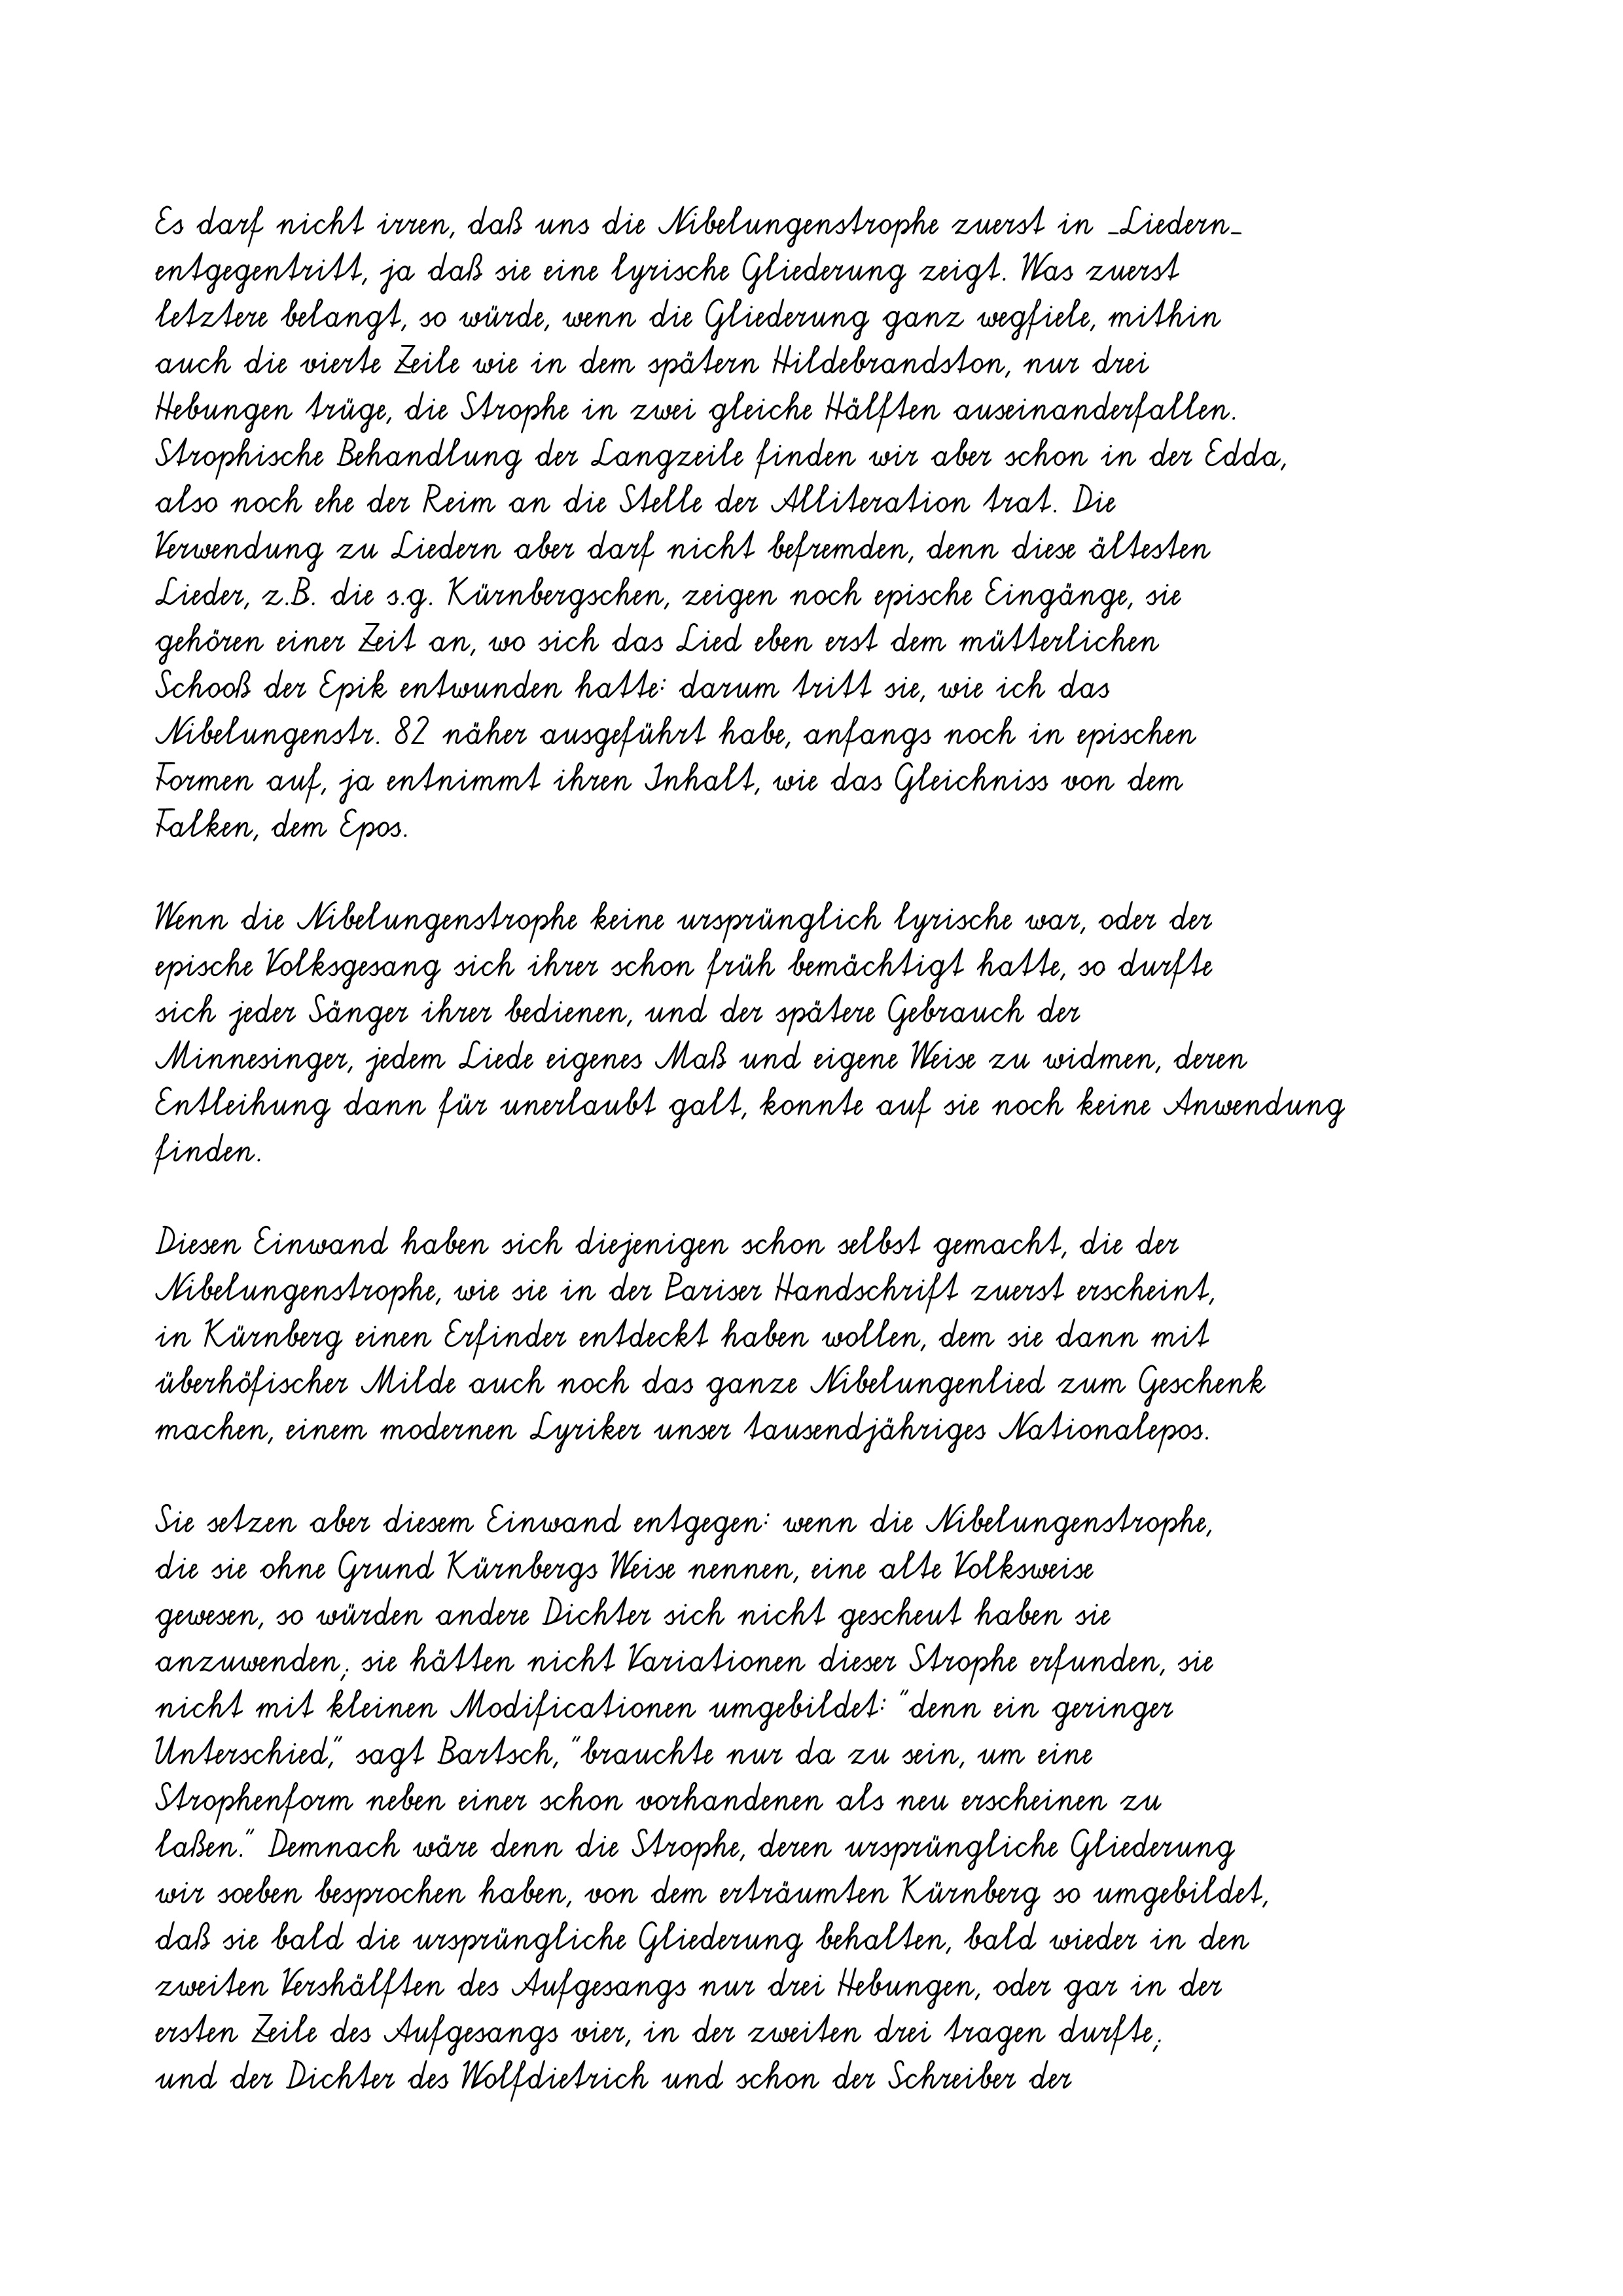
Es darf nicht irren, daß uns die Nibelungenstrophe zuerst in _Liedern_
entgegentritt, ja daß sie eine lyrische Gliederung zeigt. Was zuerst
letztere belangt, so würde, wenn die Gliederung ganz wegfiele, mithin
auch die vierte Zeile wie in dem spätern Hildebrandston, nur drei
Hebungen trüge, die Strophe in zwei gleiche Hälften auseinanderfallen.
Strophische Behandlung der Langzeile finden wir aber schon in der Edda,
also noch ehe der Reim an die Stelle der Alliteration trat. Die
Verwendung zu Liedern aber darf nicht befremden, denn diese ältesten
Lieder, z.B. die s.g. Kürnbergschen, zeigen noch epische Eingänge, sie
gehören einer Zeit an, wo sich das Lied eben erst dem mütterlichen
Schooß der Epik entwunden hatte: darum tritt sie, wie ich das
Nibelungenstr. 82 näher ausgeführt habe, anfangs noch in epischen
Formen auf, ja entnimmt ihren Inhalt, wie das Gleichniss von dem
Falken, dem Epos.
Wenn die Nibelungenstrophe keine ursprünglich lyrische war, oder der
epische Volksgesang sich ihrer schon früh bemächtigt hatte, so durfte
sich jeder Sänger ihrer bedienen, und der spätere Gebrauch der
Minnesinger, jedem Liede eigenes Maß und eigene Weise zu widmen, deren
Entleihung dann für unerlaubt galt, konnte auf sie noch keine Anwendung
finden.
Diesen Einwand haben sich diejenigen schon selbst gemacht, die der
Nibelungenstrophe, wie sie in der Pariser Handschrift zuerst erscheint,
in Kürnberg einen Erfinder entdeckt haben wollen, dem sie dann mit
überhöfischer Milde auch noch das ganze Nibelungenlied zum Geschenk
machen, einem modernen Lyriker unser tausendjähriges Nationalepos.
Sie setzen aber diesem Einwand entgegen: wenn die Nibelungenstrophe,
die sie ohne Grund Kürnbergs Weise nennen, eine alte Volksweise
gewesen, so würden andere Dichter sich nicht gescheut haben sie
anzuwenden; sie hätten nicht Variationen dieser Strophe erfunden, sie
nicht mit kleinen Modificationen umgebildet: "denn ein geringer
Unterschied," sagt Bartsch, "brauchte nur da zu sein, um eine
Strophenform neben einer schon vorhandenen als neu erscheinen zu
laßen." Demnach wäre denn die Strophe, deren ursprüngliche Gliederung
wir soeben besprochen haben, von dem erträumten Kürnberg so umgebildet,
daß sie bald die ursprüngliche Gliederung behalten, bald wieder in den
zweiten Vershälften des Aufgesangs nur drei Hebungen, oder gar in der
ersten Zeile des Aufgesangs vier, in der zweiten drei tragen durfte;
und der Dichter des Wolfdietrich und schon der Schreiber der